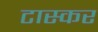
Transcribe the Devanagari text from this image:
टास्कर